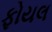
ફોયલ